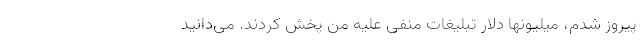
پیروز شدم، میلیونها دلار تبلیغات منفی علیه من پخش کردند. می‌دانید